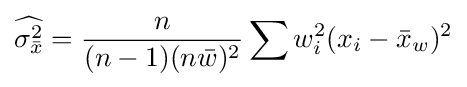
{\widehat {\sigma _{\bar {x}}^{2}}}={\frac {n}{(n-1)(n{\bar {w}})^{2}}}\sum w_{i}^{2}(x_{i}-{\bar {x}}_{w})^{2}